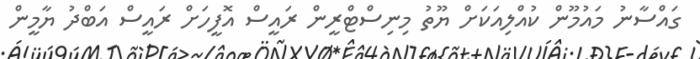
ގައްސާނު މައުމޫން ކުއްލިއަކަށް ޔޫތު މިނިސްޓްރީން ރައީސް އޮފީހަށް ރައީސް އަބްދު ޔާމީން